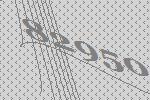
82950